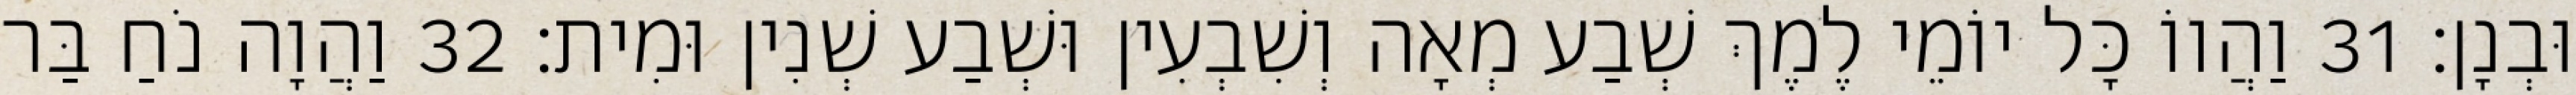
וּבְנָן׃ 31 וַהֲווֹ כָּל יוֹמֵי לֶמֶךְ שְׁבַע מְאָה וְשִׁבְעִין וּשְׁבַע שְׁנִין וּמִית׃ 32 וַהֲוָה נֹחַ בַּר